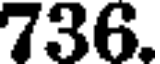
736.